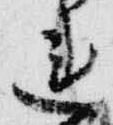
連